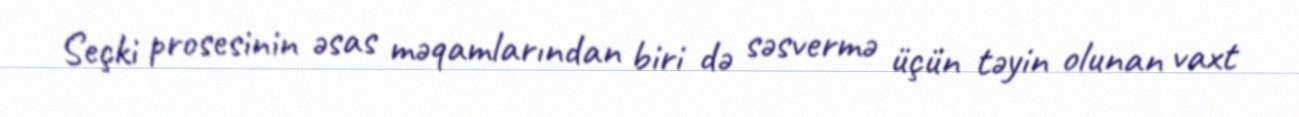
Seçki prosesinin əsas məqamlarından biri də səsvermə üçün təyin olunan vaxt